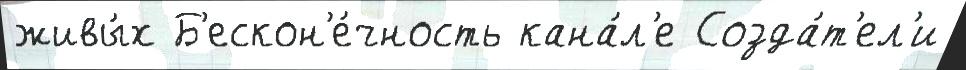
живы́х Б'ескон'е́чность кана́л'е Созда́т'ел'и